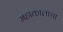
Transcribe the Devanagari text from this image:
महाकालाचा